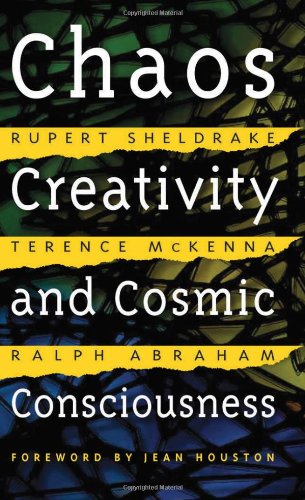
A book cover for Chaos, Creativity, and Cosmic Consciousness; Rupert Sheldrake; Science & Math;